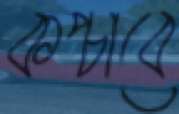
কপ্‌চাবে